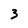
Character: 3